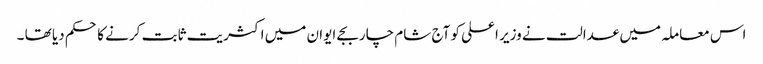
اس معاملہ میں عدالت نے وزیر اعلی کو آج شام چار بجے ایوان میں اکثریت ثابت کرنے کا حکم دیا تھا ۔